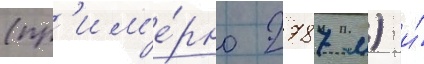
(пр'им'е́рно 2787 м) и́